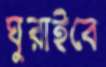
ঘুরাইবে